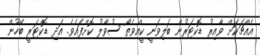
އެއްޗަކަށް ވާއިރު ޑޮކްޓަރުން ބަލިވަނީ ކީއްވެތޯ ސުވާލު ކޮށްފައެވެ. އަދި ޑޮކްޓަރީ ބޭހުން